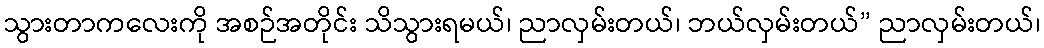
သွားတာကလေးကို အစဉ်အတိုင်း သိသွားရမယ်၊ ညာလှမ်းတယ်၊ ဘယ်လှမ်းတယ်” ညာလှမ်းတယ်၊